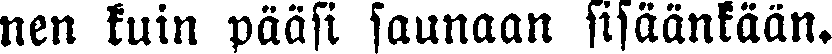
nen kuin pääsi saunaan sisäänkään.